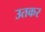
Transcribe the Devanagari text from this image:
उतकर